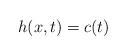
LaTeX: \begin{align*}h(x,t)=c(t)\end{align*}